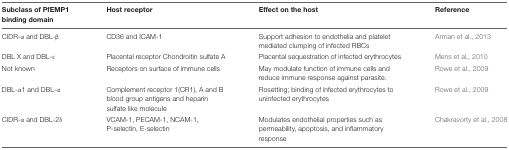
<table><thead><tr><td><b>Subclass of PfEMP1 binding domain</b></td><td><b>Host receptor</b></td><td><b>Effect on the host</b></td><td><b>Reference</b></td></tr></thead><tbody><tr><td>CIDR-α and DBL-β</td><td>CD36 and ICAM-1</td><td>Support adhesion to endothelia and platelet mediated clumping of infected RBCs</td><td>Arman et al., 2013</td></tr><tr><td>DBL X and DBL-ε</td><td>Placental receptor Chondroitin sulfate A</td><td>Placental sequestration of infected erythrocytes</td><td>Mens et al., 2010</td></tr><tr><td>Not known</td><td>Receptors on surface of immune cells</td><td>May modulate function of immune cells and reduce immune response against parasite.</td><td>Rowe et al., 2009</td></tr><tr><td>DBL-α1 and DBL-α</td><td>Complement receptor 1(CR1), A and B blood group antigens and heparin sulfate like molecule</td><td>Rosetting; binding of infected erythrocytes to uninfected erythrocytes</td><td>Rowe et al., 2009</td></tr><tr><td>CIDR-α and DBL-2δ</td><td>VCAM-1, PECAM-1, NCAM-1, P-selectin, E-selectin</td><td>Modulates endothelial properties such as permeability, apoptosis, and inflammatory response</td><td>Chakravorty et al., 2008</td></tr></tbody></table>